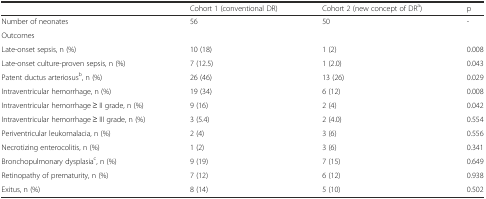
<table><thead><tr><td></td><td><b>Cohort 1 (conventional DR)</b></td><td><b>Cohort 2 (new concept of DR<sup>a</sup>)</b></td><td><b>p</b></td></tr></thead><tbody><tr><td>Number of neonates</td><td>56</td><td>50</td><td>-</td></tr><tr><td colspan="4">Outcomes</td></tr><tr><td>Late-onset sepsis, n (%)</td><td>10 (18)</td><td>1 (2)</td><td>0.008</td></tr><tr><td>Late-onset culture-proven sepsis, n (%)</td><td>7 (12.5)</td><td>1 (2.0)</td><td>0.043</td></tr><tr><td>Patent ductus arteriosus<sup>b</sup>, n (%)</td><td>26 (46)</td><td>13 (26)</td><td>0.029</td></tr><tr><td>Intraventricular hemorrhage, n (%)</td><td>19 (34)</td><td>6 (12)</td><td>0.008</td></tr><tr><td>Intraventricular hemorrhage ≥ II grade, n (%)</td><td>9 (16)</td><td>2 (4)</td><td>0.042</td></tr><tr><td>Intraventricular hemorrhage ≥ III grade, n (%)</td><td>3 (5.4)</td><td>2 (4.0)</td><td>0.554</td></tr><tr><td>Periventricular leukomalacia, n (%)</td><td>2 (4)</td><td>3 (6)</td><td>0.556</td></tr><tr><td>Necrotizing enterocolitis, n (%)</td><td>1 (2)</td><td>3 (6)</td><td>0.341</td></tr><tr><td>Bronchopulmonary dysplasia<sup>c</sup>, n (%)</td><td>9 (19)</td><td>7 (15)</td><td>0.649</td></tr><tr><td>Retinopathy of prematurity, n (%)</td><td>7 (12)</td><td>6 (12)</td><td>0.938</td></tr><tr><td>Exitus, n (%)</td><td>8 (14)</td><td>5 (10)</td><td>0.502</td></tr></tbody></table>